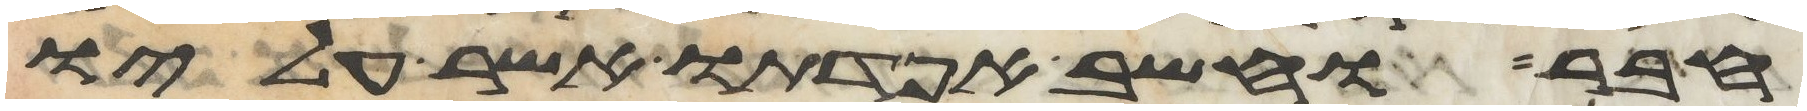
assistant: חבר וחשב אפדתו אשר עליו